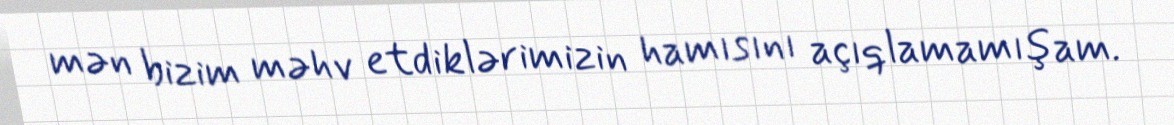
mən bizim məhv etdiklərimizin hamısını açıqlamamışam.